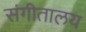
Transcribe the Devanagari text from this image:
संगीतालय